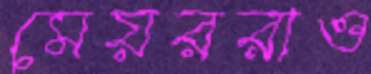
মেয়ররাও